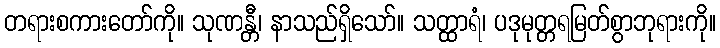
တရားစကားတော်ကို။ သုဏန္တီ၊ နာသည်ရှိသော်။ သတ္ထာရံ၊ ပဒုမုတ္တရမြတ်စွာဘုရားကို။